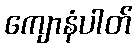
ကျောနံပါတ်